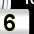
Digit: 3